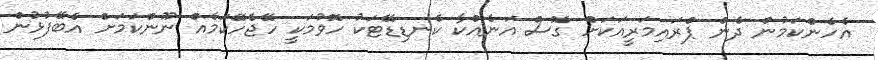
އެހެންކަމުން ދެން ޕްރައިމަރީއަކަށް ގޮސް އަނެއްކާ ކެނޑިޑޭޓަކު ހޮވުމަކީ ހޭޖެހޭކަމެއް ނޫންކަމަށް އެބޭފުޅުން